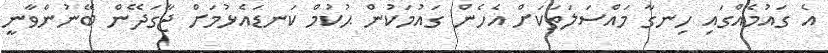
އެ ގައުމެއްގައި ހިނގާ މައްސަލަތަކަށް އެހެން ގައުމަކުން ޙުކުމް ކަނޑައެޅުމަށް ޖާގަދޭން ބޭނުންވާނީ